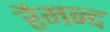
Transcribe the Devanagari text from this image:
रैमन्द